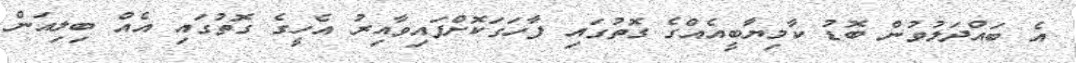
އެ ބައްދަލުވުން ބޮޑު ކާމިޔާބީއެއްގެ ގޮތުގައި ފާހަގަކޮށްފައިވާއިރު އެހީގެ ގޮތުގައި އެއް ބިލިއަން